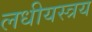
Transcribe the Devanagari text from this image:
लधीयस्त्रय